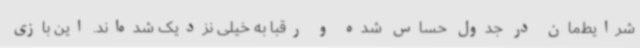
شرایط‌مان در جدول حساس شده و رقبا به خیلی نزدیک شده‌اند. این بازی